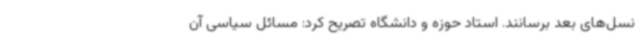
نسل‌های بعد برسانند. استاد حوزه و دانشگاه تصریح کرد: مسائل سیاسی آن